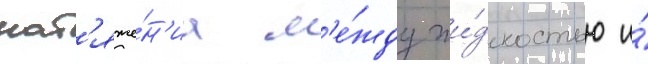
нат'яже́н'иа м'е́жду жи́дкостью и́